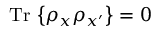
\mathrm { T r } \, \left\{ \rho _ { x } \rho _ { x ^ { \prime } } \right\} = 0